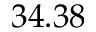
3 4 . 3 8